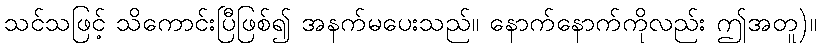
သင်သဖြင့် သိကောင်းပြီဖြစ်၍ အနက်မပေးသည်။ နောက်နောက်ကိုလည်း ဤအတူ)။